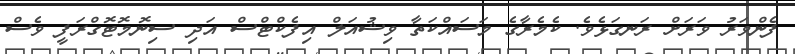
ފެންވަރު ވަރަށް ރަނގަޅެވެ. ކެމެރާގެ މަސައްކަތާ ވިޝުއަލް އިފެކްޓްސް އަދި ސިނޮމޮޓޮގްރަފީ ވެސް